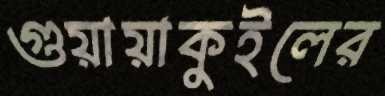
গুয়ায়াকুইলের